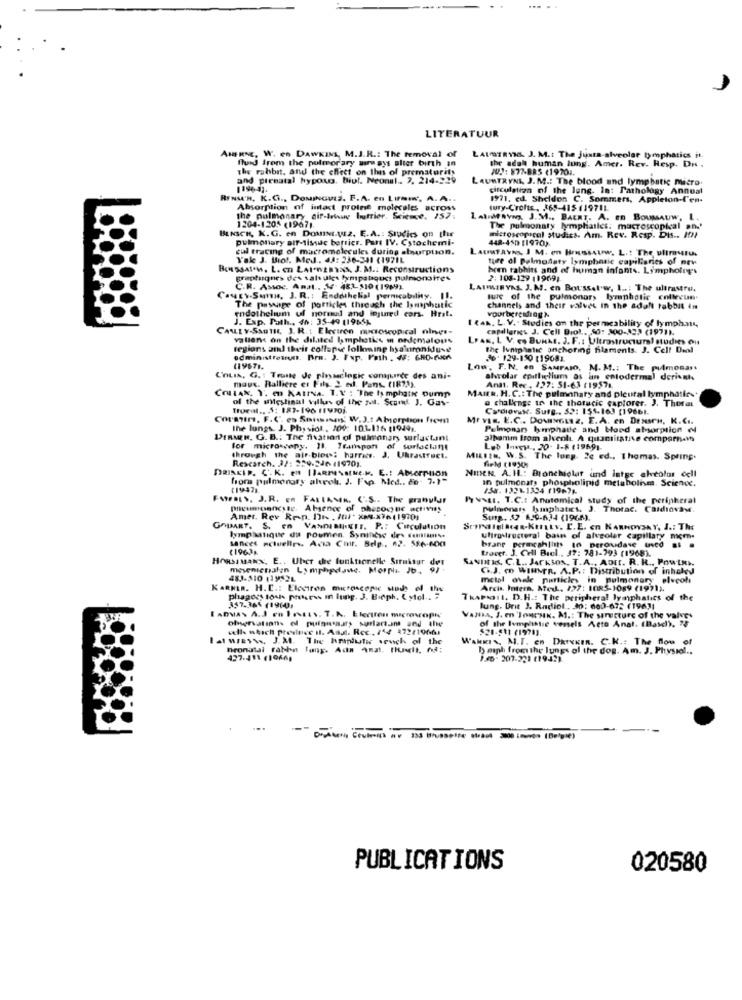
LITERATUUR
AuFRE, W. en DAWKINS, M.J.R .: The removal of
fluid from the pulmonary airways alter birth an
LAUSTRYNS. J. M .: The Justa-alveolar tymphatics it.
The rabbit, and the effect on thes of prematurity
Ihr adal human lung. Amer. Rev. Resp. DR.
JUJ: 877-885 (19701.
and prenatal hypoxo. Biol. Neonal .. 2. 214-229
LAURTRYNA, J. M .: The blood and lymphatic micro.
1196-47.
circulation of the lung. In: Pathology Annual
RFNA'H. K.G ., DOMINGUES. F.A. en Limin', A. A ..
1971. ed. Sheldon C. Sommers, Appleton-t'en-
Absorption of intact prothe molecules across
tury-Crofts ., 365-415 119711.
the pulmonary dif-true Intrier, Science. 252;
LatMaing, J.M ., BAERT. A. En BOUMAUW, L.
BENSCH, K. G. en DOMIst.wz, E.A .: Studies on the
1204-120 (19671.
The pulmonaty lymphatics: macroscopical an-'
pulmonary air-tissuc botrice. Part IV. Cytochemi-
microscopical studica. Am. Rev. Resp. Dis .. 201
448-450 [1970)
cul tracing of macromolecules during absorption.
LAUREAVI I M. en Hos,Uw, L .: The ultrasru
Take J. Biol. Med . 44: 236-341 (197IL
ture dl palmodaty lymphatic capillaries of new
BossaI'M, L. en LAINERYas, J. M .: Reconstructions
bren tabhits and of human infants. Lympholegs
graphagnes des valt ules tympatiques pulmonaires
2:108-129 119691
C.R. Assoc. Anal .. 14- 48.1 510 (1969)
LAIMMERYNA, J. M. en Botssat.w. I ..: The ultrastru.
CaVEY.Sans, J. R .: Endothelial permeability, Il.
ture of the pulmonar, lymphatic collevue.
The pasige of particles through the lymphatic
endothelium ul noruud and injured cars. Hrst.
channels and their valves in the adalt rabbit in
I CAN. L. V .. Studies on the permeability of lymphat,
voorbereiding>.
CAMLLY-SanTH, J. R .: Electron microscopical nings-
capillaries J. Cell Biol ., SO: 300-323 (1971).
vallens on the dilated Imphetkes in ordemalous
LPAK, L.V. es BUNAL. J. F .: Ultrastructural studies Out
regions aml their collapse following hyaluroniduse
the luniphatic anchoring filaments. J. Cell Deal
odministrosun. Bra. J. Fup. Path . #: GRO-GA
30- 129-150 119681.
Low, F.N. en SAMPAIO, M. M .: The pulmonar.
CALIA, G. : Trone Je pinaclogic comparde des ani-
maus. Balliere et Fils. 2 ed. Pans. (IR ?! ).
alveolar epithelium as an entoderma) derint.
Contax. Y. en KABINA. I.V : "The ty mphate pump
MAIER, H. C .: The pulmonary and pleural lymphatles+
Andt. Rec , 127: 51-63 (19571.
of the westinul willus of the sul. Scand J. Gas-
a challenge to the thoracic captorer. J. Thorat
troenl ., S: 187-196 11970)
Cardiovasc. Surg .. 52: 155.163 [19661.
Corasims, F.C. es Stimmen' W.J.t Absorption from
Mr vis. E.C .. DowINGuz, E.A. en DesurH, K.C ..
The lungs. J. Physiol, 100: 101.116 11949,
Pulmonary bmphate and bloed absorption el
DERMEER, G. B .: The fiation of pulmonary surlactant
alhamm from alveoli. A quantitative comparant
for microsony. 11. Transpon of surlaclant
Løb Inegy ., 20. 1-8 (19691-
through the air blee; harres. J. Ukrastreet.
Research. 37: 259-246 119701.
MILIEN. W.S. The lung. 2c ed ., Thomas. Spring.
field (1930:
PRINCIP. C.K. en IlARMENSKE.M. E .: Absorption
NIDEN. A. H .: Bronchielar and latge alveolar dell
fora pulmonary ahol. J. Fap. Med .. 8o- 7.1"
In pulmonary phospholipid metabolism. Science.
(19947)
254. 1326-1334 (19676
FuraEs, J.R. en FALLAMIK. C.S .. The prahylur
huset. T.C .: Anatomical study of the peripheral
pneumosancyse. Absence of phecocte activos
Pulmonars binphatis, J. Thorac. Cardiovas.
Amer. Rev Re-n. Dr . /tl' Xx76 (1970)
Sup. 57 650-634 (1968).
GOHMET. S. en VANDISHEIT. P .: Circulation
lymphatique du poumen. Synincse des Konsums.
Lancet actuelles. Acta Cat. Bdp .. 12. 586-600
uhro rectoral bain of alveolar capillary nom-
(1963%
traegt. J. Cell Biel, 37: 781-793 (1968).
brane permeshlists to peroudave unved .. .
SANIItIS, C.L .. JACKSON. T.A ., ADIT. R. R ., Powtus.
HORsiMany, E .. Uher tre funktionelle Struktur der
mesenienalyn Lymphpdane. Morpha Jb.
G.J. en WINNER. A.P .: Distribution of inhaley
483-310 11932L
metal ovale particles in pulmonary elveoh
KARKLR. H.C .: Electron microscope stads el the
Arcis. Intera. Med ., 127: 1085-1089 (1971).
phagocs touls prosess In lung. J. Beph. ( ytol .. "
ThAPRIL. D.H .: The peripheral lymphatics of the
357.36% (1960,
Jung. Drit J. Radiol. 30: 060-672 (19631
Vazba, J. en 'Joursk. M .: The structure of the valve-
of the Ivmplintse vessels Acto Anat. (Basel), 75
elle which preysluse il. And. Rec. 144 4722196-61
$21-511 (1970).
Ial WIRYYs, J. M. The halutic sewch of the
WAHRIN, M.F. en DRIKKER. C.K .: The flow of
hronatal raben lang. Ada Amat. Pit, få;
1) siph from the lungs of the dog. Am. J. Physiol ..
427.411 (19661
1.40- 207.221 (1952)
333 Brusselde least 3000 imwon (Belgie)
PUBLICATIONS
020580